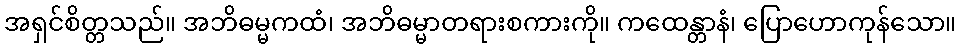
အရှင်စိတ္တသည်။ အဘိဓမ္မကထံ၊ အဘိဓမ္မာတရားစကားကို။ ကထေန္တာနံ၊ ပြောဟောကုန်သော။